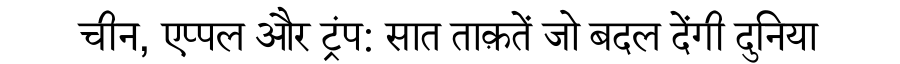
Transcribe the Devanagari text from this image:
चीन, एप्पल और ट्रंप: सात ताक़तें जो बदल देंगी दुनिया